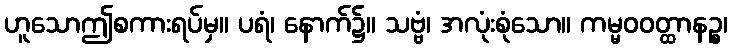
ဟူသောဤစကားရပ်မှ။ ပရံ၊ နောက်၌။ သဗ္ဗံ၊ အလုံးစုံသော။ ကမ္မဝဝတ္ထာနဉ္စ၊